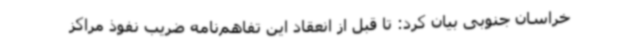
خراسان جنوبی بیان کرد: تا قبل از انعقاد این تفاهم‌نامه ضریب نفوذ مراکز